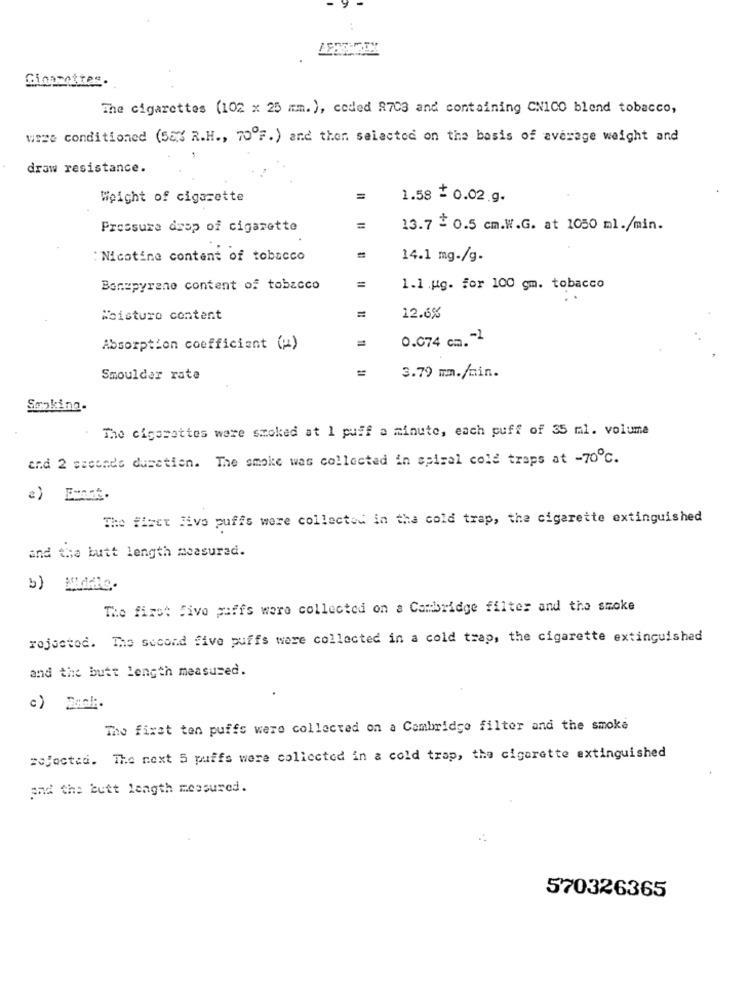
Ginarettes
The cigarettes (102 x 25 mm.), coded 8703 and containing CNICO blend tobacco,
were conditioned (SE3 R.H ., 70ºF.) and then selected on the basis of average weight and
draw resistance.
Weight of cigarette
=
1.58 = 0.02.g.
Pressure drop of cigarette
=
13.7 - 0.5 cm.W.G. at 1050 ml./min.
: Nicotine content of tobacco
14.1 mg-/g-
Bonzpyrene content of tobacco
1.1 .ug. for 100 gm. tobacco
Moisture content
12.6%
0.074 cm."1
Absorption coefficient (!)
Smoulder rate
3.79 mm./min.
Smoking.
The cigarettes were smoked at 1 puff a minute, each puff of 35 ml. volume
and 2 seconds dusetien. The smoke was collected in spiral cold traps at -70℃.
e) Emnet.
The first five puffs were collected in the cold trap, the cigarette extinguished
and the butt length measured.
b) MAde.
The first five puffs were collected on a Cambridge filter and the smoke
rojostod. The second five puffs were collected in a cold trap, the cigarette extinguished
and the butt length measured.
c) Dank.
The fixat ten puffs were collected on a Cambridge filter and the smoke
=ojocted. The next 5 puffs were collected in a cold trap, the cigarette extinguished
and the butt length measured.
570326365